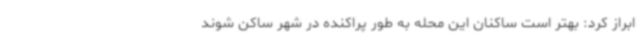
ابراز کرد: بهتر است ساکنان این محله به طور پراکنده در شهر ساکن شوند